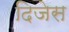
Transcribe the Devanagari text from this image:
दिजेस